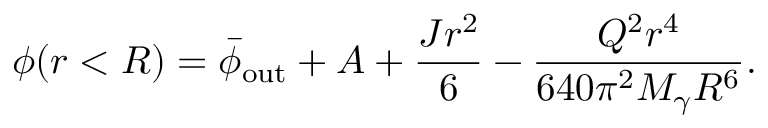
\phi ( r < R ) = \bar { \phi } _ { \mathrm { o u t } } + A + \frac { J r ^ { 2 } } { 6 } - \frac { Q ^ { 2 } r ^ { 4 } } { 6 4 0 \pi ^ { 2 } M _ { \gamma } R ^ { 6 } } .